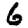
Digit: 6